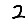
Digit: 2